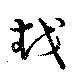
越